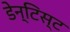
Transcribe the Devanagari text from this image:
डेन्टिस्ट